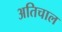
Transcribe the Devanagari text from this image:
अतिचाल